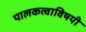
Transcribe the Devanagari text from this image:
पालकत्वाविषयी